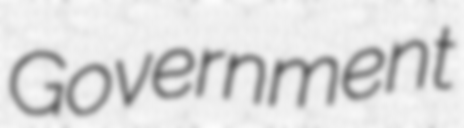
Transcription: Government